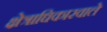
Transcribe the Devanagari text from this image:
क्षेत्राधिकारवाले